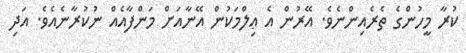
ކުރާ މީހުންގެ ތެރެއިންނެވެ. އޭރުން އެ ޢިލްމަކުން އޭނާއަށް މަންފާއެއް ނުކުރާނެއެވެ. އަދި